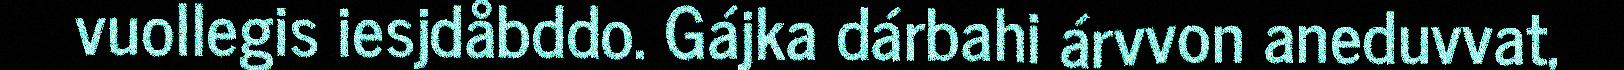
vuollegis iesjdåbddo. Gájka dárbahi árvvon aneduvvat,